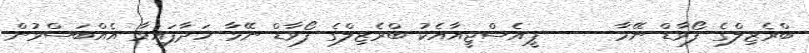
ބްރެޒިލްގެ ފޯވާޑް ނޭމާ ---- ޕީއެސްޖީއާއެކު ބްރެޒިލްގެ ފޯވާޑް ނޭމާ ހަދާފައިވާ އެއްބަސްވުން